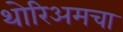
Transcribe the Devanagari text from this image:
थोरिअमचा